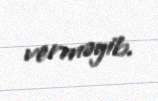
verməyib.